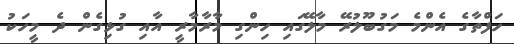
ހަފްތާގެ އެންމެ މަގުބޫލުރޭ މާލޭގައި ހިންގި މާރާމާރީ އާއި ގުޅިގެން ދެ މީހަކު